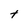
Character: t